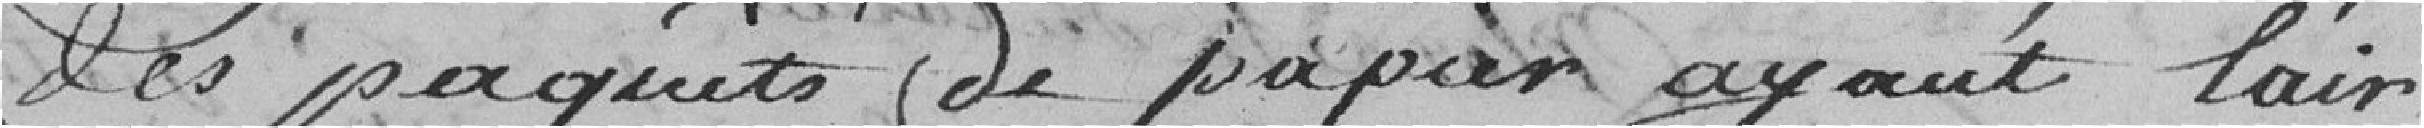
des paquets de papier ayant l'air